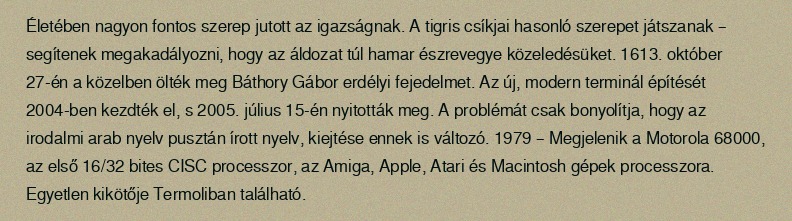
Életében nagyon fontos szerep jutott az igazságnak. A tigris csíkjai hasonló szerepet játszanak – segítenek megakadályozni, hogy az áldozat túl hamar észrevegye közeledésüket. 1613. október 27-én a közelben ölték meg Báthory Gábor erdélyi fejedelmet. Az új, modern terminál építését 2004-ben kezdték el, s 2005. július 15-én nyitották meg. A problémát csak bonyolítja, hogy az irodalmi arab nyelv pusztán írott nyelv, kiejtése ennek is változó. 1979 – Megjelenik a Motorola 68000, az első 16/32 bites CISC processzor, az Amiga, Apple, Atari és Macintosh gépek processzora. Egyetlen kikötője Termoliban található.